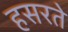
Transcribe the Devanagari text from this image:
हसरते